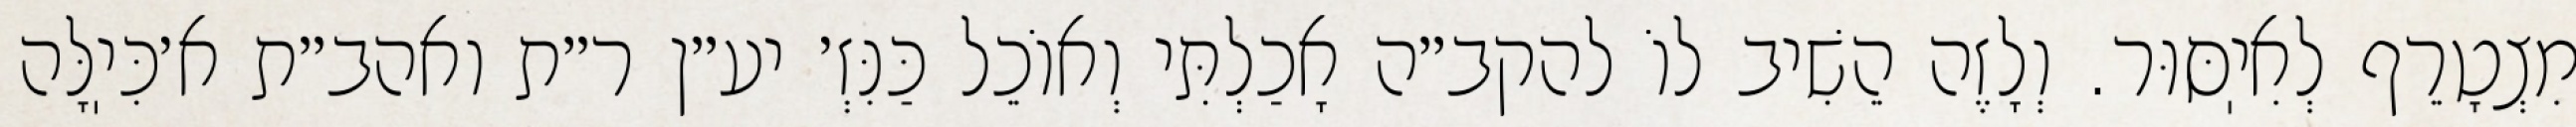
מִצְטָרֵף לְאִיֽסּוּר. וְלָזֶה הֵשִׁיב לוֹ להקב״ה אָכַלְתִּי וְאוֹכֵל כַּנִּזְ׳ יע״ן ר״ת ואהב״ת א׳כִּיֽלָּה